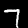
Label: 7